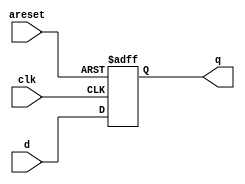
module top_module (
    input clk,
    input areset,   // active high asynchronous reset
    input [7:0] d,
    output [7:0] q
);
    
    always @ (posedge areset, posedge clk) begin
        if (areset) begin
            q = 8'b0;
        end
        else begin
            q[0] <= d[0];
            q[1] <= d[1];
            q[2] <= d[2];
            q[3] <= d[3];
            q[4] <= d[4];
            q[5] <= d[5];
            q[6] <= d[6];
            q[7] <= d[7];
        end
    end


endmodule